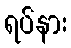
ရပ်နား